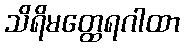
သိရိမတ္ထေရဂါထာ